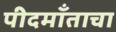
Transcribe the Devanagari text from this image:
पीदमाँताचा